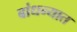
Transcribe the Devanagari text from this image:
बांधन्यात